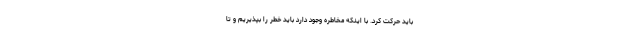
باید حرکت کرد. با اینکه مخاطره وجود دارد باید خطر را بپذیریم و تا